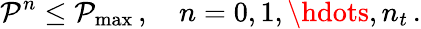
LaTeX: \mathcal P^{n}\le\mathcal P_{\operatorname*{max}}\, ,\quad n=0,1,\hdots,n_{t}\, .